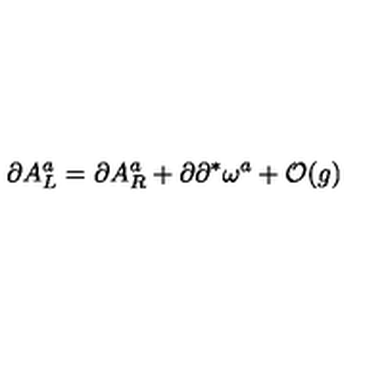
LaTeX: \partial A _ { L } ^ { a } = \partial A _ { R } ^ { a } + \partial \partial ^ { * } \omega ^ { a } + { \cal O } ( g )